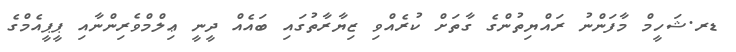
ޑރ.ޝަހީމް މާފަންނު ރައްޔިތުންގެ ގާތަށް ކުރެއްވި ޒިޔާރާތުގައި ބައެއް ދީނީ ޢިލްމްވެރިންނާއި ޕީޕީއެމްގެ